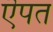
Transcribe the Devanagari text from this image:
ऎपत